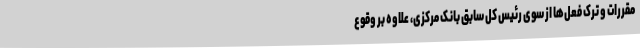
مقررات و ترک فعل‌ها از سوی رئیس کل سابق بانک مرکزی، علاوه بر وقوع